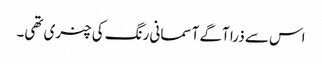
اس سے ذرا آگے آسمانی رنگ کی چنری تھی۔